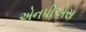
એનપીએસ